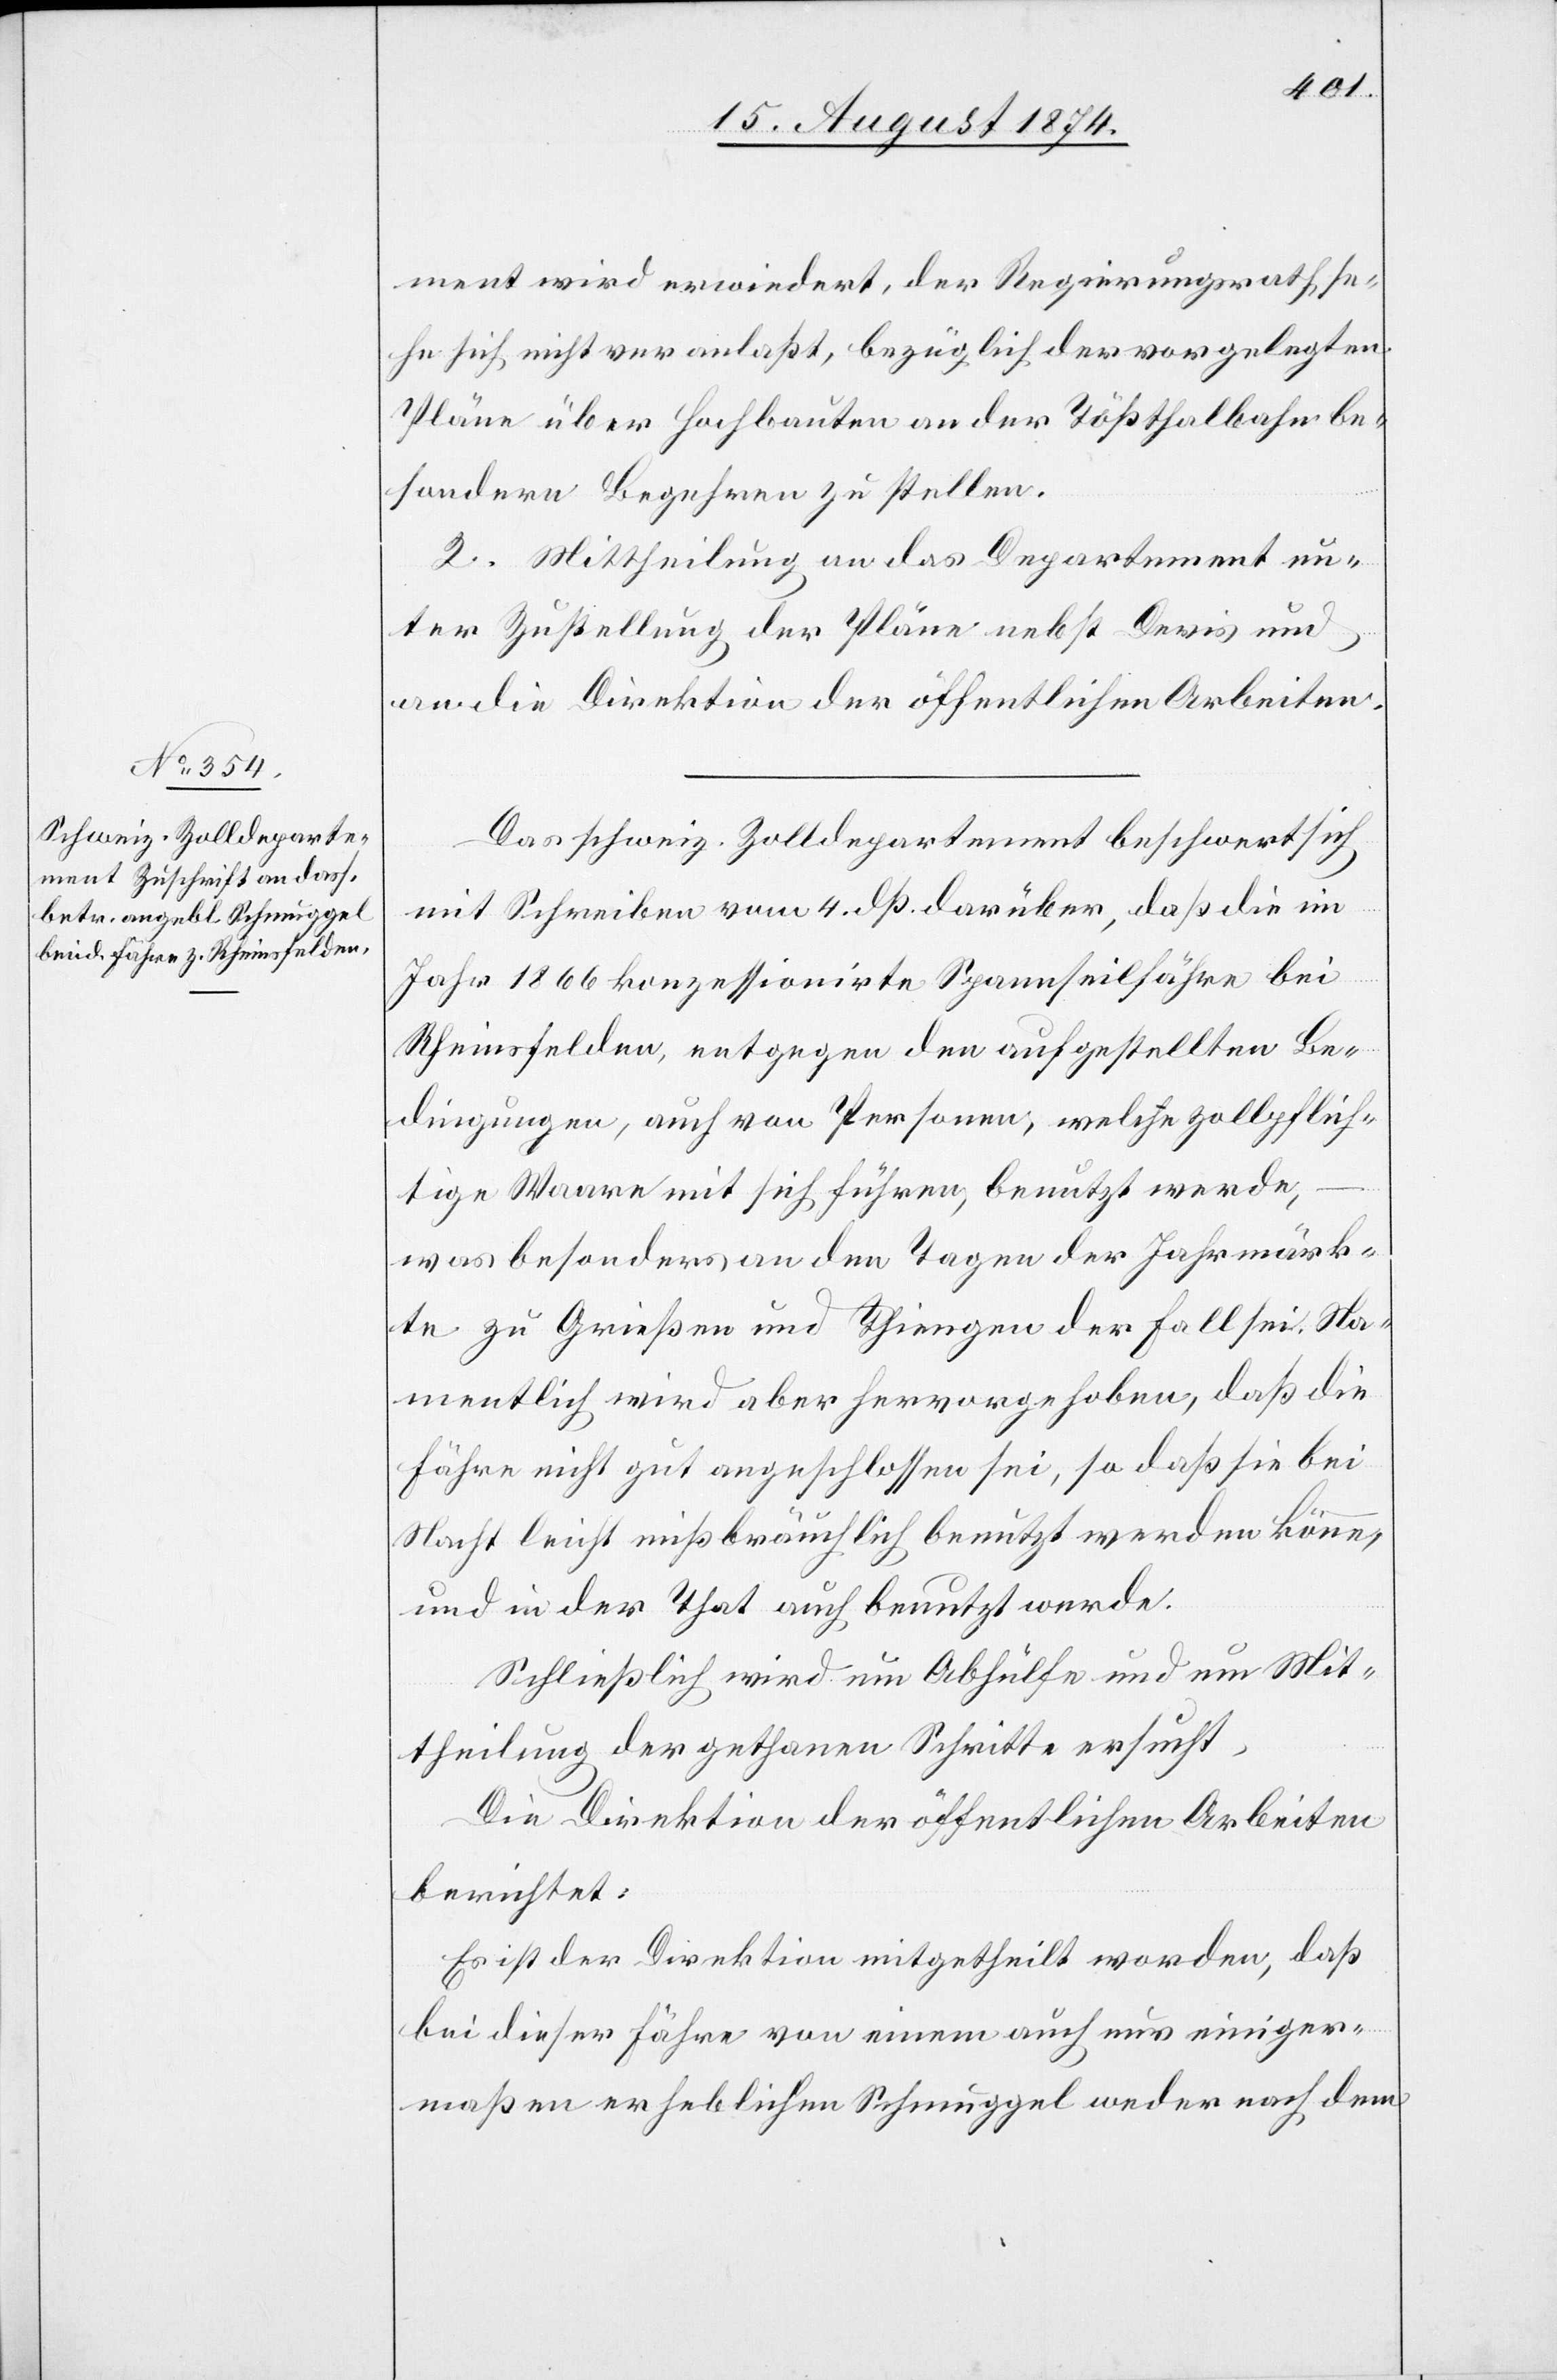
ment wird erwiedert, der Regierungsrath se¬
Pläne über Hochbauten an der Tößthalbahn be¬
sondere Begehren zu stellen.
2. Mittheilung an das Departement un¬
ter Zustellung der Pläne nebst Devis und
an die Direktion der öffentlichen Arbeiten.
Das schweiz. Zolldepartement beschwert sich
mit Schreiben vom 4. dß. darüber, daß die im
he
Jahr 1866 konzessionirte Spannseilfähre bei
Rheinfelden, entgegen den aufgestellten Be¬
dingungen, auch von Personen, welche zollpflich¬
tige Waare mit sich führen, benutzt werde,
was besonders an den Tagen der Jahrmärk¬
te zu Grießen und Thiengen der Fall sei. Na¬
mentlich wird aber hervorgehoben, daß die
Fähre nicht gut angeschlossen sei, so daß sie bei
Nacht leicht mißbräuchlich benutzt werden könne,
und in der That auch benutzt werde.
Schließlich wird um Abhülfe und um Mit¬
theilung der gethanen Schritte ersucht.
Die Direktion der öffentlichen Arbeiten
berichtet:
Es ist der Direktion mitgetheilt worden, daß
bei dieser Fähre von einem auch nur einiger¬
maßen erheblichen Schmuggel weder nach dem